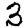
Digit: 3